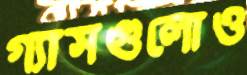
গ্যাসগুলোও